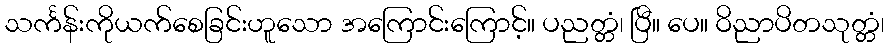
သင်္ကန်းကိုယက်စေခြင်းဟူသော အကြောင်းကြောင့်။ ပညတ္တံ၊ ပြီ။ ပေ။ ဝိညာပိတသုတ္တံ၊